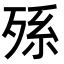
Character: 𣨒